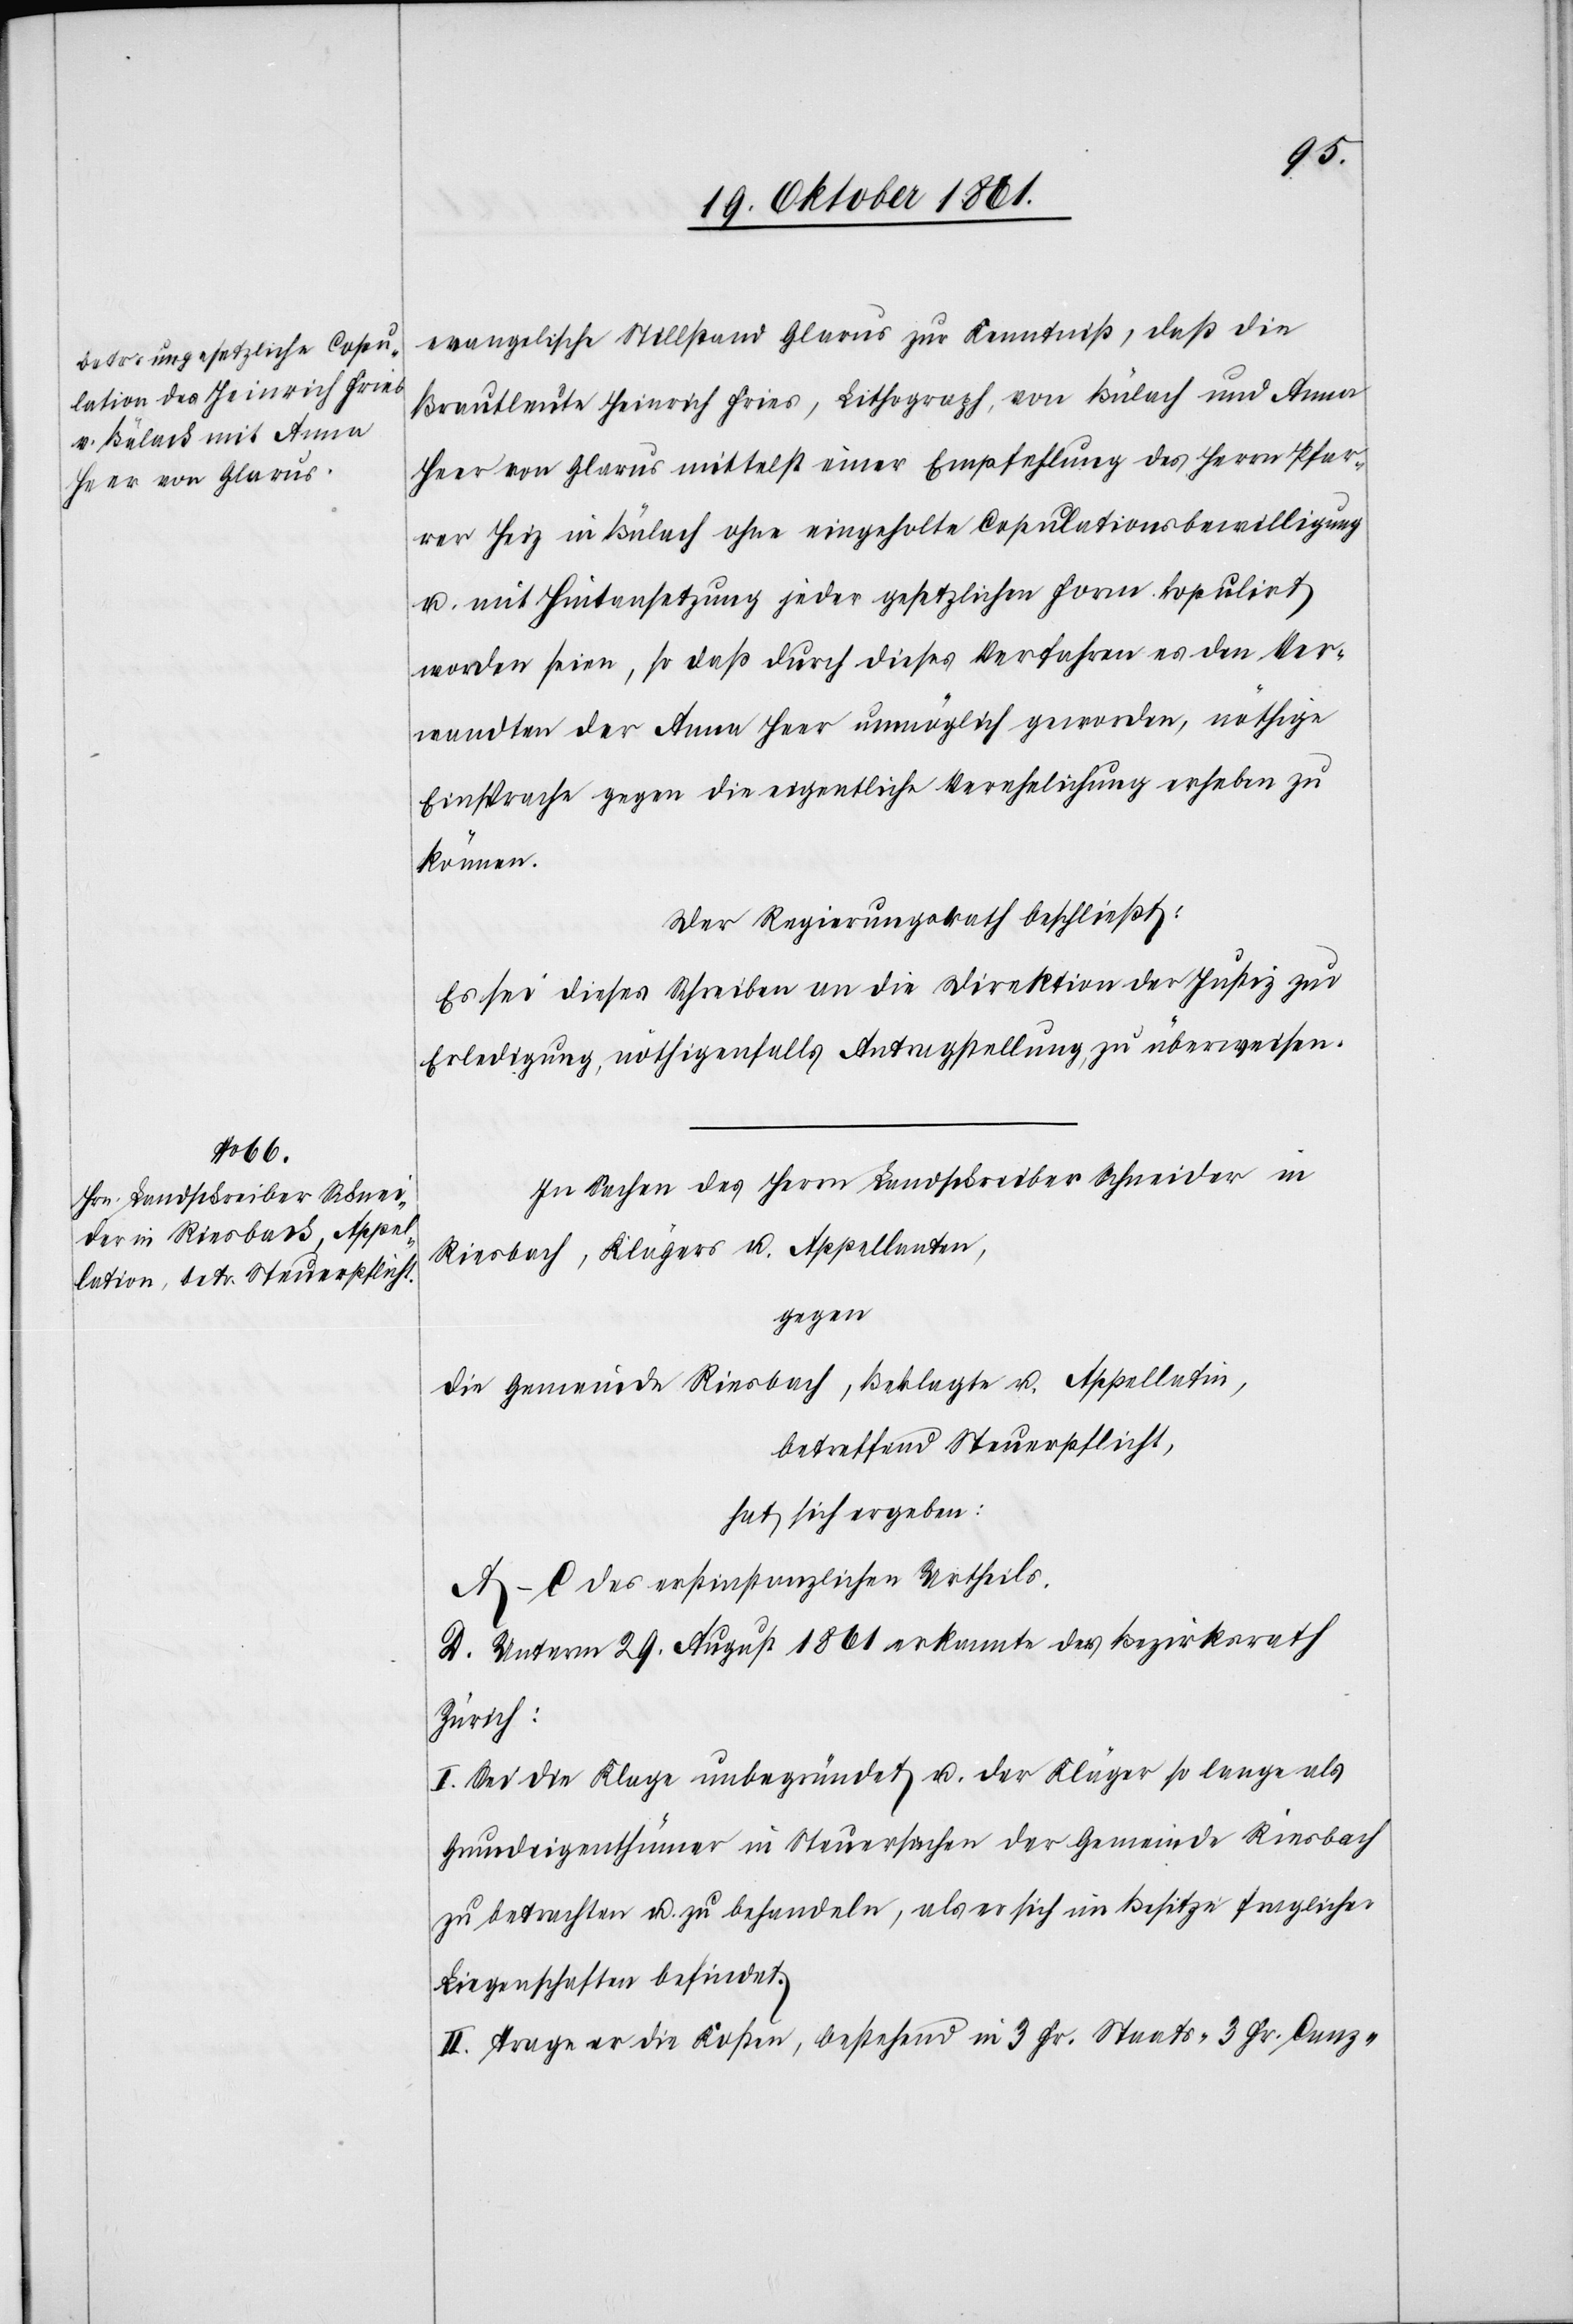
evangelische Stillstand Glarus zur Kenntniß, daß die
Brautleute Heinrich Fries, Lithograph, von Bülach und Anna
Heer von Glarus mittelst einer Empfehlung des Herrn Pfar¬
rer Heiz in Bülach ohne eingeholte Copulationsbewilligung
u. mit Hintansetzung jeder gesetzlichen Form kopulirt
worden seien, so daß durch dieses Verfahren es den Ver¬
wandten der Anna Heer unmöglich geworden, nöthige
Einsprache gegen die eigentliche Verehelichung erheben zu
können.
Der Regierungsrath beschließt:
Es sei dieses Schreiben an die Direktion der Justiz zur
Erledigung, nöthigenfalls Antragstellung zu überweisen.
In Sachen des Herrn Landschreiber Schneider in
Riesbach, Klägers u. Appellanten,
gegen
die Gemeinde Riesbach, Beklagte u. Appellatin,
betreffend Steuerpflicht,
hat sich ergeben:
A–C des erstinstanzlichen Urtheils.
D. Unterm 29 August 1861 erkannte der Bezirksrath
Zürich:
I. Sei die Frage unbegründet u. der Kläger so lange als
Grundeigenthümer in Steuersachen der Gemeinde Riesbach
zu betrachten u. zu behandeln, als er sich im Besitze fraglicher
Liegenschaften befindet.
II. Trage er die Kosten, bestehend in 3 Fr. Staats-[,] 3 Fr. Canz-